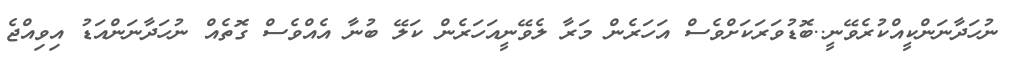
ނުހަދާނަންކީއްކުރެވޭނީ..ބޮޑުވަރަކަށްވެސް އަހަރެން މަރާ ލެވޭނީއަހަރެން ކަލޭ ބުނާ އެއްވެސް ގޮތެއް ނުހަދާނަންއަޑު އިވިއްޖެ